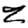
Digit: 2